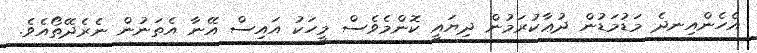
އެހެންއިނދެ މަޑުމަޑުން ދުޢާކުރަމުން ދިޔައީ ކޮންމެވެސް މީހަކު އައިސް އޭނާ އެތަނުން ނެރެދޭތޯއެވެ.